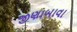
જીણાબાવા